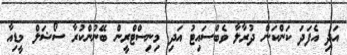
އަދި އެފަދަ ކަންކަން ދުރާލާ ވެބްސައިޓު އަދި މިނިސްޓްރީން ބޭނުންކުރާ ސޯޝަލް މީޑިއާ